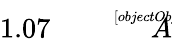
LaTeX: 1.07{\sqrt[[objectObject]]{A}}